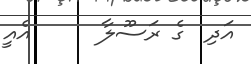
އަދި  ގެ ރަސޫލާ      އެއީ